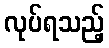
လုပ်ရသည့်